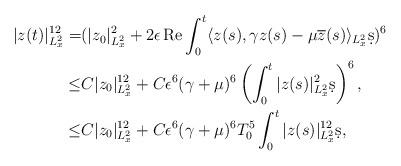
LaTeX: \begin{align*} |z(t)|^{12}_{L_x^2}=&(|z_0|^2_{L_x^2}+2 \epsilon \operatorname{Re}\int_0^t \langle z(s),\gamma z(s)-\mu\overline{z}(s)\rangle_{L_x^{2}}\d s)^{6}\\\leq & C|z_0|^{12}_{L_x^2} + C\epsilon^{6}(\gamma+\mu)^{6}\left(\int_0^t|z(s)|^2_{L_x^{2}}\d s\right)^{6},\\\leq & C|z_0|^{12}_{L_x^2} + C\epsilon^{6}(\gamma+\mu)^{6}T_0^5 \int_0^t|z(s)|^{12}_{L_x^{2}}\d s,\end{align*}